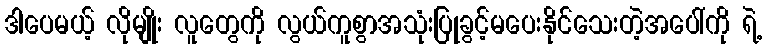
ဒါပေမယ့် လိုမျိုး လူတွေကို လွယ်ကူစွာအသုံးပြုခွင့်မပေးနိုင်သေးတဲ့အပေါ်ကို ရဲ့